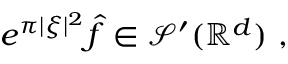
e ^ { \pi | \xi | ^ { 2 } } { \hat { f } } \in { \mathcal { S } } ^ { \prime } ( \mathbb { R } ^ { d } ) ~ ,